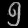
Digit: ၅